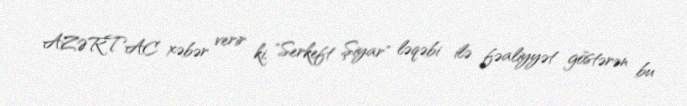
AZƏRTAC xəbər verir ki, "Serkeft Şiyar" ləqəbi ilə fəaliyyət göstərən bu